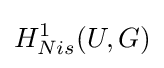
H_{Nis}^{1}(U,G)